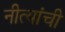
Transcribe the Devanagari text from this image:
नीत्यांची